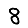
Digit: 8